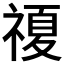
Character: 𱵡